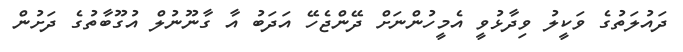
ދައުލަތުގެ ވަކީލު ވިދާޅުވީ އެމީހުންނަށް ދޭންޖެހޭ އަދަބު އާ ގާނޫނުލް އުގޫބާތުގެ ދަށުން